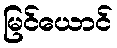
မြင်ယောင်